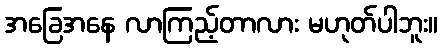
အခြေအနေ လာကြည့်တာလား မဟုတ်ပါဘူး။